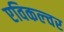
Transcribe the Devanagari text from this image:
एविकल्चर